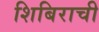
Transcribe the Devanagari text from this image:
शिबिराची